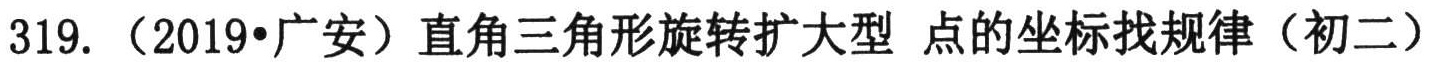
319. （2019•广安）直角三角形旋转扩大型 点的坐标找规律（初二）